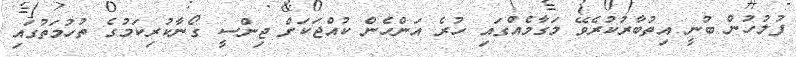
ފުލުހުން ބުނީ އިތުބާރުކުރެވޭ މަގާމެއްގައި ހުރެ އަންހެން ކުއްޖަކަށް ޖިންސީ ގޯނާކުރިކަމުގެ ތުހުމަތުގައި